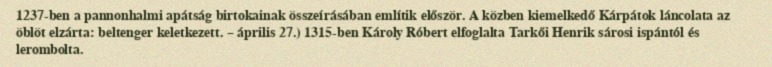
1237-ben a pannonhalmi apátság birtokainak összeírásában említik először. A közben kiemelkedő Kárpátok láncolata az öblöt elzárta: beltenger keletkezett. – április 27.) 1315-ben Károly Róbert elfoglalta Tarkői Henrik sárosi ispántól és lerombolta.